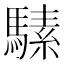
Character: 𱄩